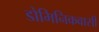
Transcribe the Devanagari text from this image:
डोमिनिकवासी